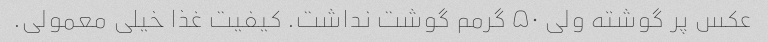
عکس پر گوشته ولی ۵۰ گرمم گوشت نداشت. کیفیت غذا خیلی معمولی.